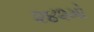
૨૪૨મો